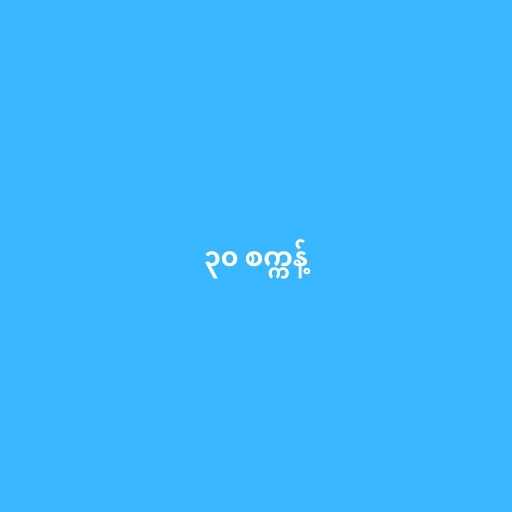
၃၀ စက္ကန့်